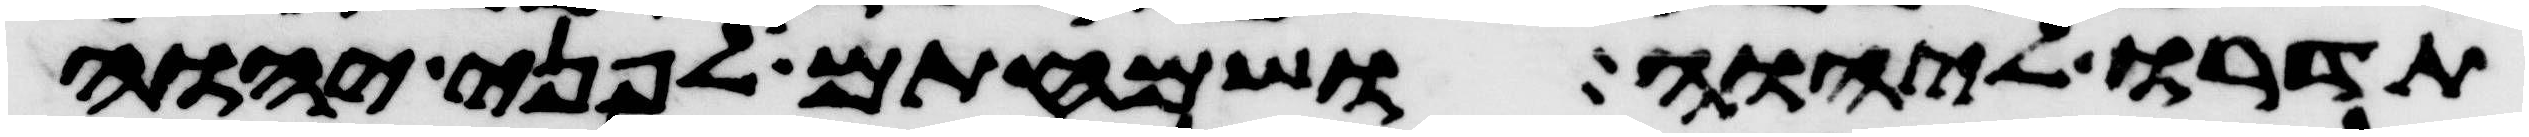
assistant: תדרו ליהוה ושמחתם לפני יהוה